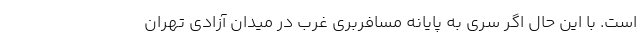
است. با این حال اگر سری به پایانه مسافربری غرب در میدان آزادی تهران